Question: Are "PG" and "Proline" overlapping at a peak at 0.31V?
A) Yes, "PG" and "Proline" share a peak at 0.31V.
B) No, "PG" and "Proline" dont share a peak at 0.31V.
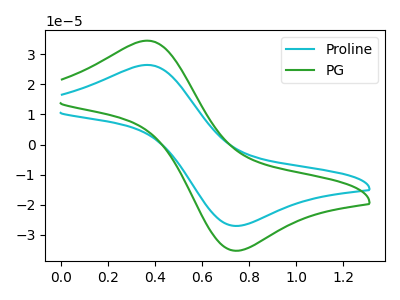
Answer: <think>The cyan curve "Proline" has an anodic peak at (0.35V, 26.45uA) and a cathodic peak at (0.75V, -27.00uA). The green curve "PG" has an anodic peak at (0.35V, 34.50uA) and a cathodic peak at (0.75V, -35.25uA).</think>
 <answer>B) No, "PG" and "Proline" dont share a peak at 0.31V.</answer>
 <eval>B</eval>